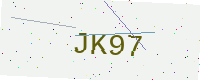
Text: JK97